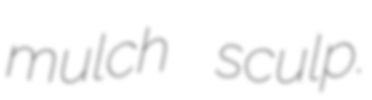
mulch sculp.